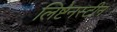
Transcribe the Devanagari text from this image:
लिष्टेनस्टीन